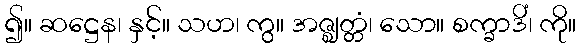
၍။ ဆဋ္ဌေန၊ နှင့်။ သဟ၊ ကွ။ အဇ္ဈတ္တံ၊ သော။ စက္ခာဒိံ၊ ကို။